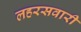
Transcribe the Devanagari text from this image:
लहरसवारी